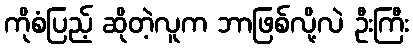
ကိုစံပြည့် ဆိုတဲ့လူက ဘာဖြစ်လို့လဲ ဦးကြီး